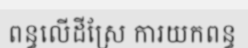
ពន្ធលើដីស្រែ ការយកពន្ធ